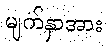
မျက်နှာအား